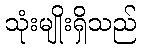
သုံးမျိုးရှိသည်